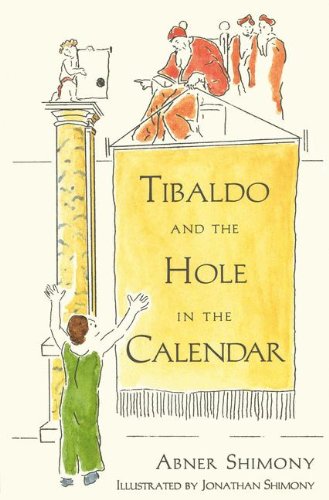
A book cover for Tibaldo and the Hole in the Calendar; Abner Shimony; Teen & Young Adult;